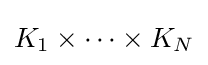
K_{1}\times \cdots \times K_{N}